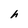
Character: h